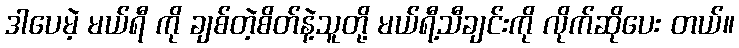
ဒါပေမဲ့ မယ်ရီ ကို ချစ်တဲ့စိတ်နဲ့သူတို့ မယ်ရီ့သီချင်းကို လိုက်ဆိုပေး တယ်။